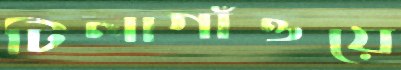
টিলাগাঁওয়ে